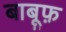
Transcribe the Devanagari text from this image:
बाबूफ़